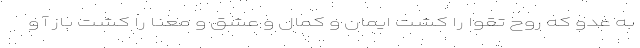
به عدو که روح تقوا را کشت ایمان و کمال و عشق و معنا را کشت باز آ و